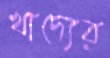
খাদ্যের